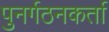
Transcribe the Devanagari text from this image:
पुनर्गठनकर्ता